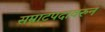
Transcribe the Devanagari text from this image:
सम्राटपदावरुन